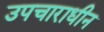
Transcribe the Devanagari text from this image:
उपचाराधीन